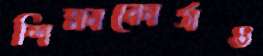
শিক্ষাকোর্সও